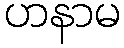
ဟနာမ